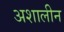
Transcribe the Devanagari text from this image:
अशालीन